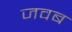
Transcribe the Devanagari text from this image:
जवब